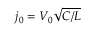
j _ { 0 } = V _ { 0 } \sqrt { C / L }